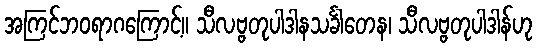
အကြင်ဘဝရာဂကြောင့်။ သီလဗ္ဗတုပါဒါနသင်္ခါတေန၊ သီလဗ္ဗတုပါဒါန်ဟု